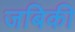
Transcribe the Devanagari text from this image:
जबिकी